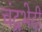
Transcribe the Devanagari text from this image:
चंद्रभेदी